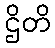
ဌိတိ